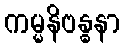
ကမ္မနိဗန္ဓနာ